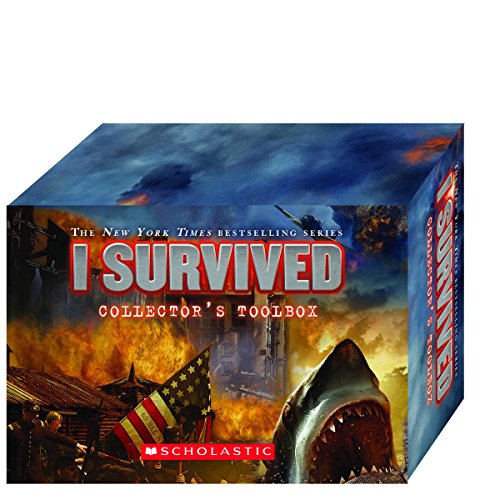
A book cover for I Survived Collector's Toolbox (I Survived); Lauren Tarshis; Children's Books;